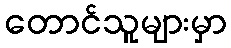
တောင်သူများမှာ